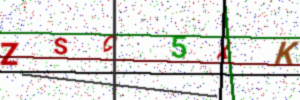
Text: ZSC5XK